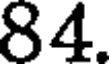
84.